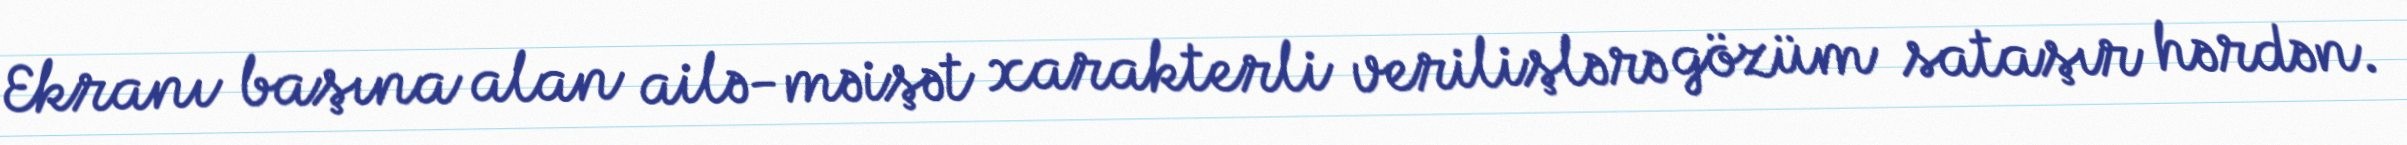
Ekranı başına alan ailə-məişət xarakterli verilişlərə gözüm sataşır hərdən.